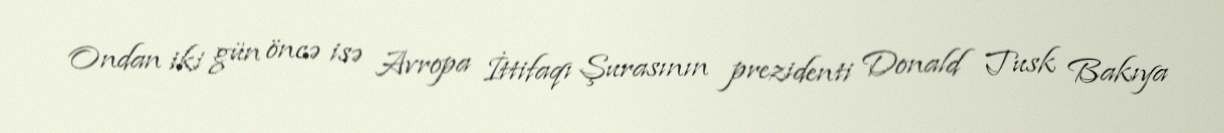
Ondan iki gün öncə isə Avropa İttifaqı Şurasının prezidenti Donald Tusk Bakıya